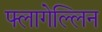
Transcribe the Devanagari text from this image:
फ्लागेल्लिन